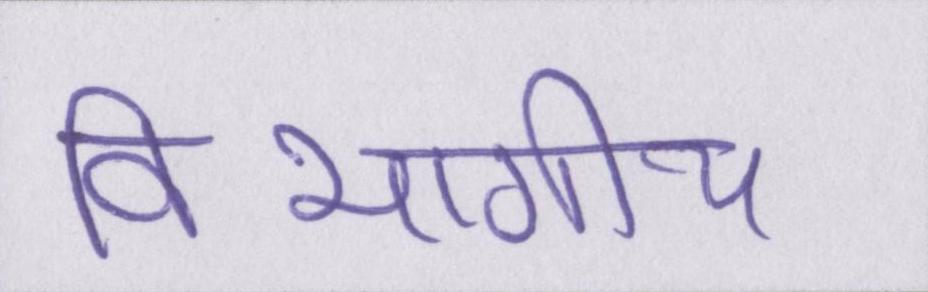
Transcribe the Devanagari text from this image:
विभागीय